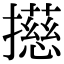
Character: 𢶴